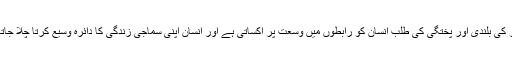
شعور کی بلندی اور پختگی کی طلب انسان کو رابطوں میں وسعت پر اکساتی ہے اور انسان اپنی سماجی زندگی کا دائرہ وسیع کرتا چلا جاتا ہے۔